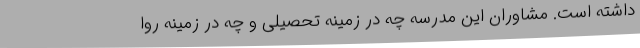
داشته است. مشاوران این مدرسه چه در زمینه تحصیلی و چه در زمینه روا